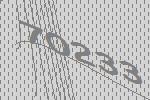
70233